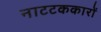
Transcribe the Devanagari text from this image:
नाटटककारों